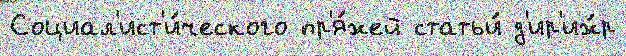
Социал'ист'и́ческого пр'я́жей статьи́ д'ир'иж́р